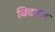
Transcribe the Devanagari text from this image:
विदग्धा